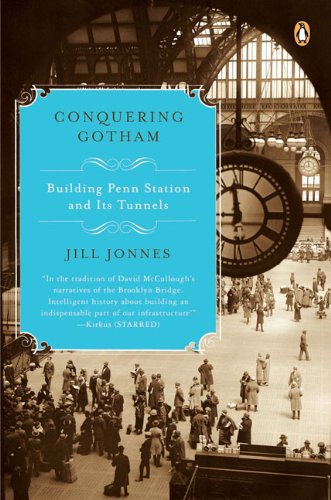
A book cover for Conquering Gotham: Building Penn Station and Its Tunnels; Jill Jonnes; Engineering & Transportation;